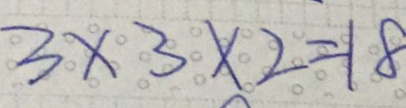
3 \times 3 \times 2 = 1 8